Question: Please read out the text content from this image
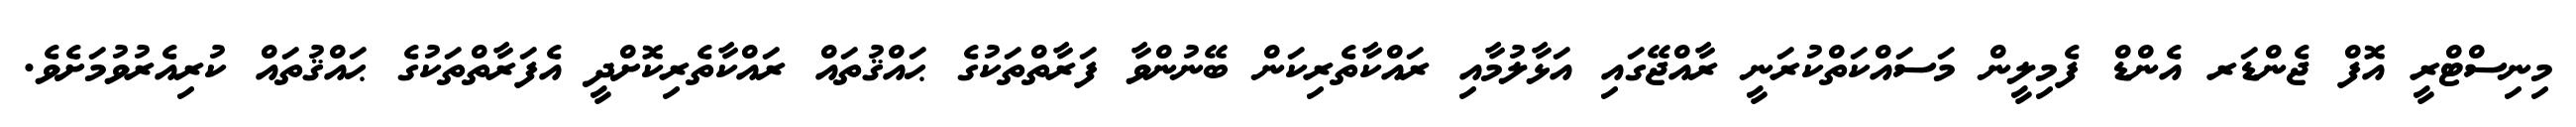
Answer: މިނިސްޓްރީ އޮފް ޖެންޑަރ އެންޑް ފެމިލީން މަސައްކަތްކުރަނީ ރާއްޖޭގައި އަޅާލުމާއި ރައްކާތެރިކަން ބޭނުންވާ ފަރާތްތަކުގެ ޙައްޤުތައް ރައްކާތެރިކޮށްދީ އެފަރާތްތަކުގެ ޙައްޤުތައް ކުރިއެރުވުމަށެވެ.